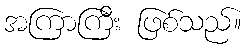
အကြာကြီး ဖြစ်သည်။